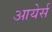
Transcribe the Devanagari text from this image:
आयेर्स